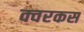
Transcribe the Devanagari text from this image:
क्वरकस